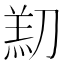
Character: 𫦑